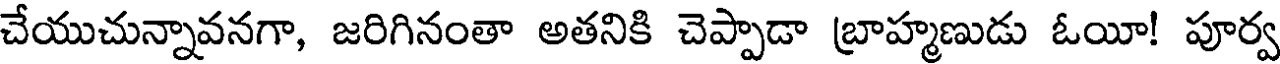
చేయుచున్నావనగా, జరిగినంతా అతనికి చెప్పాడా బ్రాహ్మణుడు ఓయీ! పూర్వ